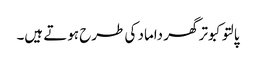
پالتو کبوتر گھر داماد کی طرح ہوتے ہیں۔